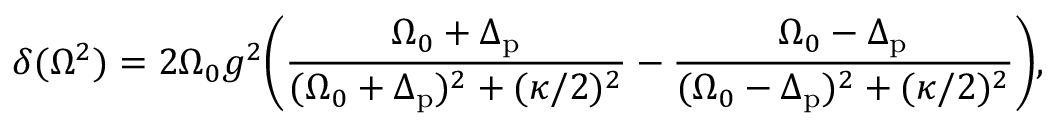
\delta ( \Omega ^ { 2 } ) = 2 \Omega _ { 0 } g ^ { 2 } \bigg ( \frac { \Omega _ { 0 } + \Delta _ { \mathrm { p } } } { ( \Omega _ { 0 } + \Delta _ { \mathrm { p } } ) ^ { 2 } + ( \kappa / 2 ) ^ { 2 } } - \frac { \Omega _ { 0 } - \Delta _ { \mathrm { p } } } { ( \Omega _ { 0 } - \Delta _ { \mathrm { p } } ) ^ { 2 } + ( \kappa / 2 ) ^ { 2 } } \bigg ) ,